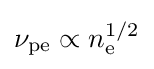
\nu _{\rm {pe}}\propto n_{\rm {e}}^{1/2}